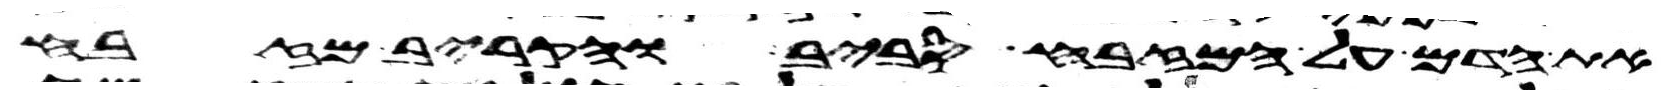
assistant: את הדם על המזבח סביב והקריב מזבח